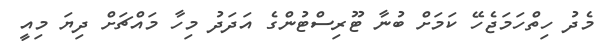
މެދު ހިތްހަމަޖެހޭ ކަމަށް ބުނާ ޓޫރިސްޓުންގެ އަދަދު މިހާ މައްޗަށް ދިޔަ މިއީ